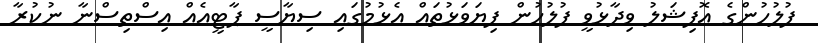
ފުލުހުންގެ އޮފިޝަލު ވިދާޅުވީ ފުލުހުން ފިޔަވަޅުތައް އެޅުމުގައި ސިޔާސީ ޕާޓީއެއް އިސްތިސްނާ ނުކުރާ